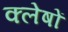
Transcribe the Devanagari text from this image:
क्लेषों